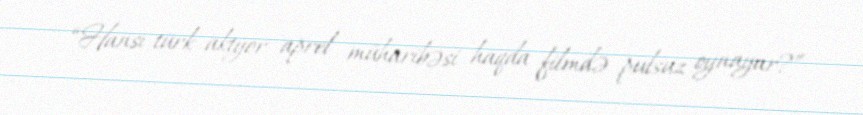
“Hansı türk aktyor aprel müharibəsi haqda filmdə pulsuz oynayar?”